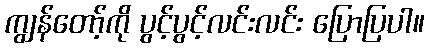
ကျွန်တော့်ကို ပွင့်ပွင့်လင်းလင်း ပြောပြပါ။